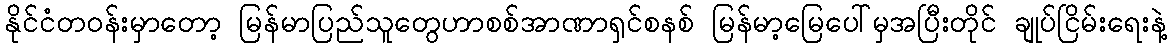
နိုင်ငံတဝန်းမှာတော့ မြန်မာပြည်သူတွေဟာစစ်အာဏာရှင်စနစ် မြန်မာ့မြေပေါ်မှအပြီးတိုင် ချုပ်ငြိမ်းရေးနဲ့